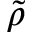
\tilde { \rho }